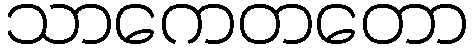
သာကေတတော